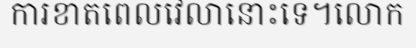
ការខាតពេលវេលានោះទេ។លោក